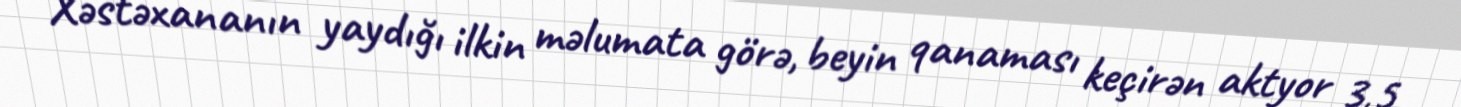
Xəstəxananın yaydığı ilkin məlumata görə, beyin qanaması keçirən aktyor 3,5